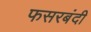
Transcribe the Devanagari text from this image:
फसरबंदी